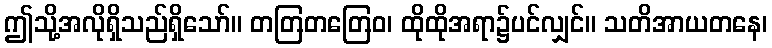
ဤသို့အလိုရှိသည်ရှိသော်။ တတြတတြေဝ၊ ထိုထိုအရာ၌ပင်လျှင်။ သတိအာယတနေ၊